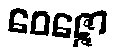
ဝေဇ္ဇော